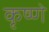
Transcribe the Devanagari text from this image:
कृष्णे